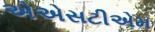
એએસટીએમ